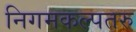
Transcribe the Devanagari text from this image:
निगमकल्पतरु